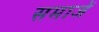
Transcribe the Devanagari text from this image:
समाजें